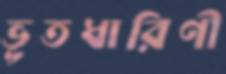
ভূতধারিণী